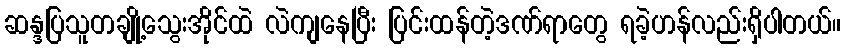
ဆန္ဒပြသူတချို့သွေးအိုင်ထဲ လဲကျနေပြီး ပြင်းထန်တဲ့ဒဏ်ရာတွေ ရခဲ့ဟန်လည်းရှိပါတယ်။